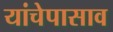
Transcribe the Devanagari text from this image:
यांचेपासाव